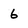
Character: 6